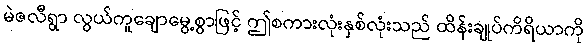
မဲဇလီရွာ လွယ်ကူချောမွေ့စွာဖြင့် ဤစကားလုံးနှစ်လုံးသည် ထိန်းချုပ်ကိရိယာကို